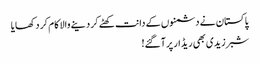
پاکستان نے دشمنوں کے دانت کھٹے کر دینے والا کام کر د کھایا
شبر زیدی بھی ریڈار پر آگئے!